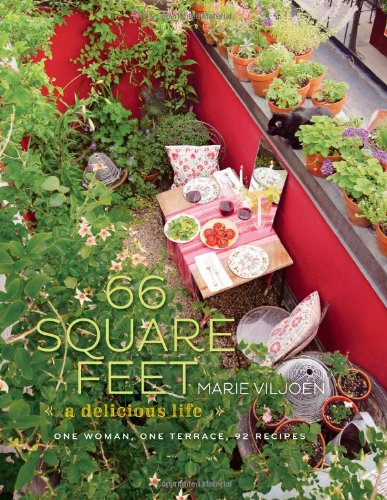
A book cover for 66 Square Feet: A Delicious Life, One Woman, One Terrace, 92 Recipes; Marie Viljoen; Cookbooks, Food & Wine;